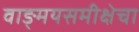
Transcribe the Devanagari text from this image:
वाङ्‌मयसमीक्षेचा